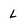
Character: l